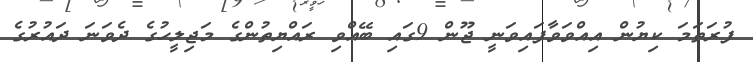
ފުރަތަމަ ކިޔުން އިއްވަވާފައިވަނީ ޖޫން 9ގައި ބޭއްވި ރައްޔިތުންގެ މަޖިލީހުގެ ދެވަނަ ދައުރުގެ